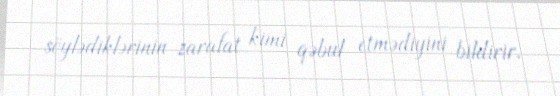
söylədiklərinin zarafat kimi qəbul etmədiyini bildirir.